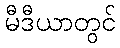
မီဒီယာတွင်